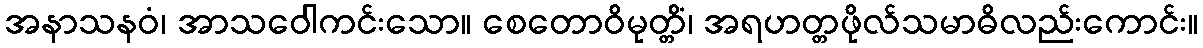
အနာသနဝံ၊ အာသဝေါကင်းသော။ စေတောဝိမုတ္တိံ၊ အရဟတ္တဖိုလ်သမာဓိလည်းကောင်း။